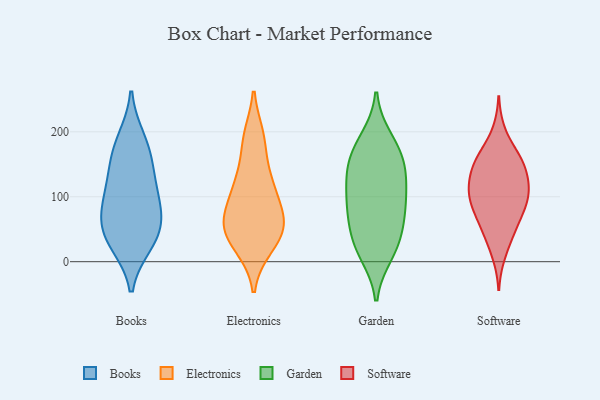
{"axis": {"x": "LTV (USD)", "y": "Value"}, "legend": ["Books", "Electronics", "Garden", "Software"], "data": [{"x": "", "y": 28, "type": "Books"}, {"x": "", "y": 68, "type": "Books"}, {"x": "", "y": 188, "type": "Books"}, {"x": "", "y": 175, "type": "Books"}, {"x": "", "y": 38, "type": "Books"}, {"x": "", "y": 147, "type": "Books"}, {"x": "", "y": 129, "type": "Books"}, {"x": "", "y": 106, "type": "Books"}, {"x": "", "y": 85, "type": "Books"}, {"x": "", "y": 34, "type": "Books"}, {"x": "", "y": 72, "type": "Books"}, {"x": "", "y": 192, "type": "Electronics"}, {"x": "", "y": 23, "type": "Electronics"}, {"x": "", "y": 62, "type": "Electronics"}, {"x": "", "y": 186, "type": "Electronics"}, {"x": "", "y": 109, "type": "Electronics"}, {"x": "", "y": 123, "type": "Electronics"}, {"x": "", "y": 28, "type": "Electronics"}, {"x": "", "y": 65, "type": "Electronics"}, {"x": "", "y": 49, "type": "Electronics"}, {"x": "", "y": 75, "type": "Electronics"}, {"x": "", "y": 53, "type": "Electronics"}, {"x": "", "y": 125, "type": "Electronics"}, {"x": "", "y": 87, "type": "Garden"}, {"x": "", "y": 157, "type": "Garden"}, {"x": "", "y": 64, "type": "Garden"}, {"x": "", "y": 26, "type": "Garden"}, {"x": "", "y": 21, "type": "Garden"}, {"x": "", "y": 98, "type": "Garden"}, {"x": "", "y": 49, "type": "Garden"}, {"x": "", "y": 179, "type": "Garden"}, {"x": "", "y": 127, "type": "Garden"}, {"x": "", "y": 143, "type": "Garden"}, {"x": "", "y": 189, "type": "Garden"}, {"x": "", "y": 12, "type": "Garden"}, {"x": "", "y": 80, "type": "Garden"}, {"x": "", "y": 115, "type": "Garden"}, {"x": "", "y": 156, "type": "Garden"}, {"x": "", "y": 99, "type": "Software"}, {"x": "", "y": 139, "type": "Software"}, {"x": "", "y": 112, "type": "Software"}, {"x": "", "y": 68, "type": "Software"}, {"x": "", "y": 94, "type": "Software"}, {"x": "", "y": 113, "type": "Software"}, {"x": "", "y": 158, "type": "Software"}, {"x": "", "y": 76, "type": "Software"}, {"x": "", "y": 116, "type": "Software"}, {"x": "", "y": 12, "type": "Software"}, {"x": "", "y": 157, "type": "Software"}, {"x": "", "y": 142, "type": "Software"}, {"x": "", "y": 157, "type": "Software"}, {"x": "", "y": 44, "type": "Software"}, {"x": "", "y": 199, "type": "Software"}, {"x": "", "y": 67, "type": "Software"}, {"x": "", "y": 93, "type": "Software"}, {"x": "", "y": 39, "type": "Software"}, {"x": "", "y": 115, "type": "Software"}, {"x": "", "y": 161, "type": "Software"}]}